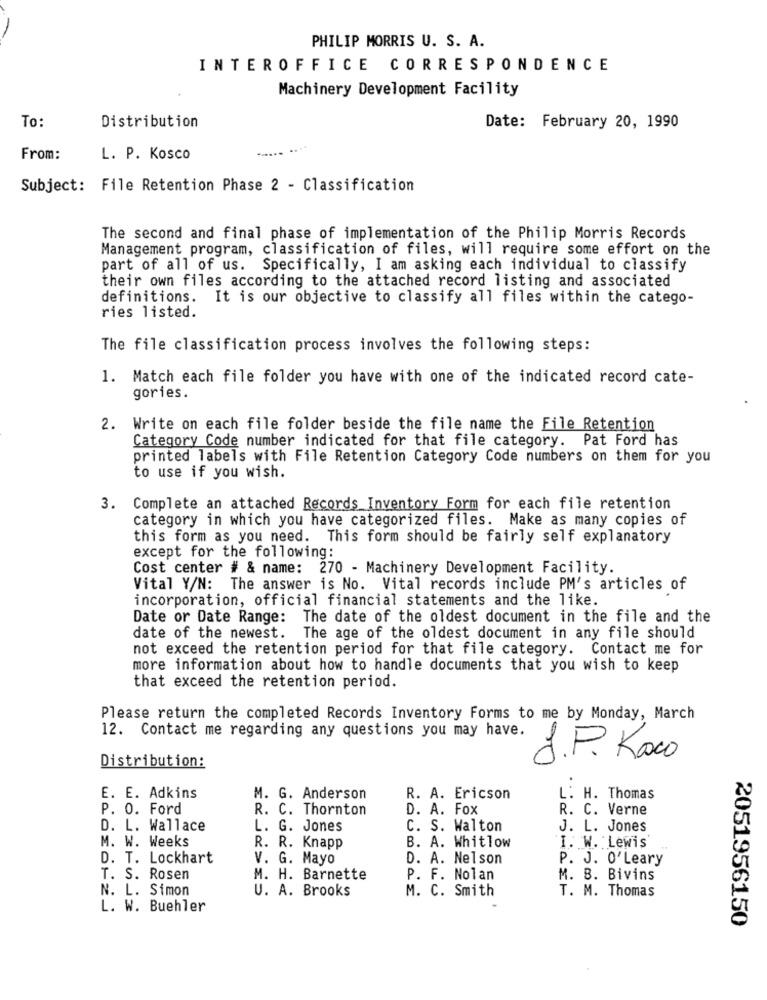
PHILIP MORRIS U. S. A.
INTEROFFICE CORRESPONDENCE
Machinery Development Facility
To:
Distribution
Date: February 20, 1990
.....
From:
L. P. Kosco
Subject: File Retention Phase 2 - Classification
The second and final phase of implementation of the Philip Morris Records
Management program, classification of files, will require some effort on the
part of all of us. Specifically, I am asking each individual to classify
their own files according to the attached record listing and associated
definitions. It is our objective to classify all files within the catego-
ries listed.
The file classification process involves the following steps:
1. Match each file folder you have with one of the indicated record cate-
gories.
2. Write on each file folder beside the file name the File Retention
Category Code number indicated for that file category. Pat Ford has
printed labels with File Retention Category Code numbers on them for you
to use if you wish.
3. Complete an attached Records Inventory Form for each file retention
category in which you have categorized files. Make as many copies of
this form as you need. This form should be fairly self explanatory
except for the following:
Cost center # & name: 270 - Machinery Development Facility.
Vital Y/N: The answer is No. Vital records include PM's articles of
incorporation, official financial statements and the like.
Date or Date Range: The date of the oldest document in the file and the
date of the newest. The age of the oldest document in any file should
not exceed the retention period for that file category. Contact me for
more information about how to handle documents that you wish to keep
that exceed the retention period.
Please return the completed Records Inventory Forms to me by Monday, March
12. Contact me regarding any questions you may have.
Distribution:
J.P. Koco
E. E. Adkins
M. G. Anderson
R. A. Ericson
L: H. Thomas
P. O. Ford
R. C. Thornton
D. A. Fox
R. C. Verne
D. L. Wallace
L. G. Jones
C. S. Walton
J. L. Jones
M. W. Weeks
B. A. Whitlow
R. R. Knapp
I. W. Lewis
D. T. Lockhart
V. G. Mayo
D. A. Nelson
P. J. O'Leary
T. S. Rosen
M. H. Barnette
P. F. Nolan
M. B. Bivins
N. L. Simon
U. A. Brooks
M. C. Smith
T. M. Thomas
L. W. Buehler
2051956150